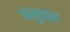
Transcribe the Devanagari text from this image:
कलुठान